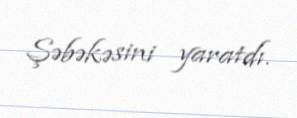
Şəbəkəsini yaratdı.